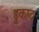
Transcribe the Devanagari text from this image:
डुकाट